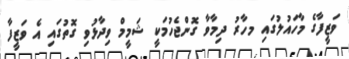
ވަޒީފާގެ މާހައުލުގައި މހާރު ދިމާވާ ގޮންޖެހުމަކީ ޝަމީމް ވިދާޅުވި ގޮތުގައި އެ ވަޒީފާ